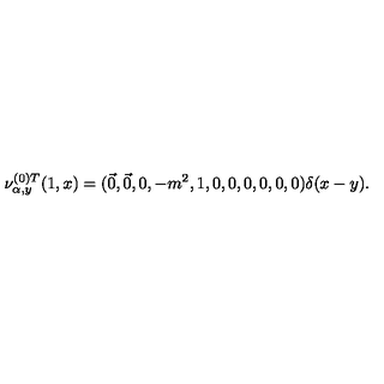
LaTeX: \nu _ { \alpha , y } ^ { ( 0 ) T } ( 1 , x ) = ( \vec { 0 } , \vec { 0 } , 0 , - m ^ { 2 } , 1 , 0 , 0 , 0 , 0 , 0 , 0 ) \delta ( x - y ) .